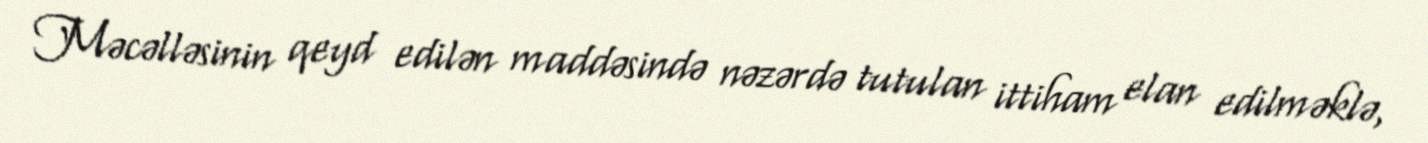
Məcəlləsinin qeyd edilən maddəsində nəzərdə tutulan ittiham elan edilməklə,